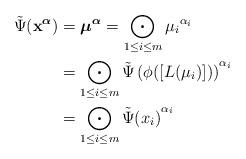
LaTeX: \begin{align*} \tilde{\Psi} ({\bf x}^{\boldsymbol{\alpha}}) & = {\boldsymbol{\mu}}^{\boldsymbol{\alpha}} = \bigodot_{1 \leq i \leq m} {\mu_i}^{\alpha_i} \\ &= \bigodot_{1 \leq i \leq m} { \tilde{\Psi} \left( \phi ([L(\mu_i)]) \right) }^{\alpha_i} \\ & = \bigodot_{1 \leq i \leq m} { \tilde{\Psi}(x_i) }^{\alpha_i} \end{align*}